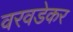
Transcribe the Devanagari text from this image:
वरवडेकर